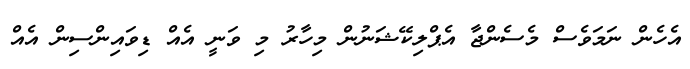
އެހެން ނަމަވެސް މެސެންޖާ އެޕްލިކޭޝަނުން މިހާރު މި ވަނީ އެއް ޑިވައިންސިން އެއް